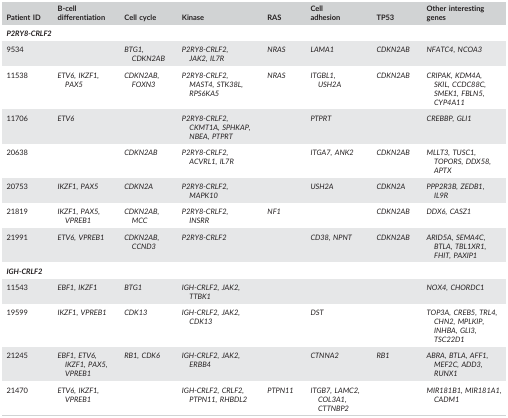
| Patient ID | B‐cell differentiation | Cell cycle | Kinase | RAS | Cell adhesion | TP53 | Other interesting genes |
 | --- | --- | --- | --- | --- | --- | --- | --- |
 | <COLSPAN=8> P2RY8‐CRLF2 |
 | 9534 |  | BTG1, CDKN2AB | P2RY8‐CRLF2, JAK2, IL7R | NRAS | LAMA1 | CDKN2AB | NFATC4, NCOA3 |
 | 11538 | ETV6, IKZF1, PAX5 | CDKN2AB, FOXN3 | P2RY8‐CRLF2, MAST4, STK38L, RPS6KA5 | NRAS | ITGBL1, USH2A | CDKN2AB | CRIPAK, KDM4A, SKIL, CCDC88C, SMEK1, FBLN5, CYP4A11 |
 | 11706 | ETV6 |  | P2RY8‐CRLF2, CKMT1A, SPHKAP, NBEA, PTPRT |  | PTPRT |  | CREBBP, GLI1 |
 | 20638 |  | CDKN2AB | P2RY8‐CRLF2, ACVRL1, IL7R |  | ITGA7, ANK2 | CDKN2AB | MLLT3, TUSC1, TOPORS, DDX58, APTX |
 | 20753 | IKZF1, PAX5 | CDKN2A | P2RY8‐CRLF2, MAPK10 |  | USH2A | CDKN2A | PPP2R3B, ZEDB1, IL9R |
 | 21819 | IKZF1, PAX5, VPREB1 | CDKN2AB, MCC | P2RY8‐CRLF2, INSRR | NF1 |  | CDKN2AB | DDX6, CASZ1 |
 | 21991 | ETV6, VPREB1 | CDKN2AB, CCND3 | P2RY8‐CRLF2 |  | CD38, NPNT | CDKN2AB | ARID5A, SEMA4C, BTLA, TBL1XR1, FHIT, PAXIP1 |
 | <COLSPAN=8> IGH‐CRLF2 |
 | 11543 | EBF1, IKZF1 | BTG1 | IGH‐CRLF2, JAK2, TTBK1 |  |  |  | NOX4, CHORDC1 |
 | 19599 | IKZF1, VPREB1 | CDK13 | IGH‐CRLF2, JAK2, CDK13 |  | DST |  | TOP3A, CREB5, TRL4, CHN2, MPLKIP, INHBA, GLI3, TSC22D1 |
 | 21245 | EBF1, ETV6, IKZF1, PAX5, VPREB1 | RB1, CDK6 | IGH‐CRLF2, JAK2, ERBB4 |  | CTNNA2 | RB1 | ABRA, BTLA, AFF1, MEF2C, ADD3, RUNX1 |
 | 21470 | ETV6, IKZF1, VPREB1 |  | IGH‐CRLF2, CRLF2, PTPN11, RHBDL2 | PTPN11 | ITGB7, LAMC2, COL3A1, CTTNBP2 |  | MIR181B1, MIR181A1, CADM1 |